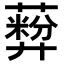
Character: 𬞦